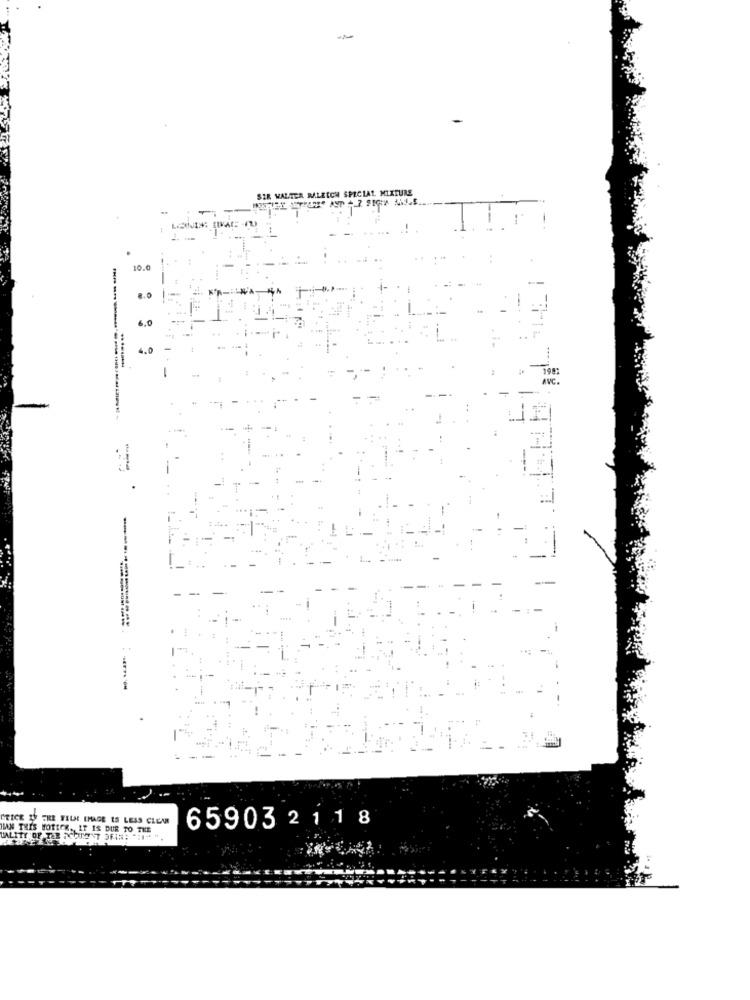
SIR WALTER MALECON SPECIAL MIXTURE
-
10.0
6,0
4.0
11
--
:-
PRICE IS ERE WELL IMAGE IS LESS CLEM
HAN THIS BORTFE. IT IS DUE TO THE
659032 1 1 8
UALITY OF TER ACHIN'T AFIN: "H" ".